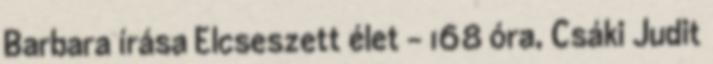
Barbara írása Elcseszett élet - 168 óra, Csáki Judit